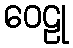
ဝေဠု